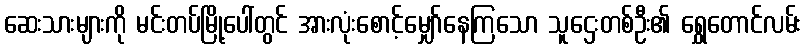
ဆေးသားများကို မင်းတပ်မြို့ပေါ်တွင် အားလုံးစောင့်မျှော်နေကြသော သူဌေးတစ်ဦး၏ ရွှေတောင်လမ်း